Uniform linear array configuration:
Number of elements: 48
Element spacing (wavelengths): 0.75
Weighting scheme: kaiser
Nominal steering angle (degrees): -45
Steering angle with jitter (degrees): -46.661
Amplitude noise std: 0.05
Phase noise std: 0.05

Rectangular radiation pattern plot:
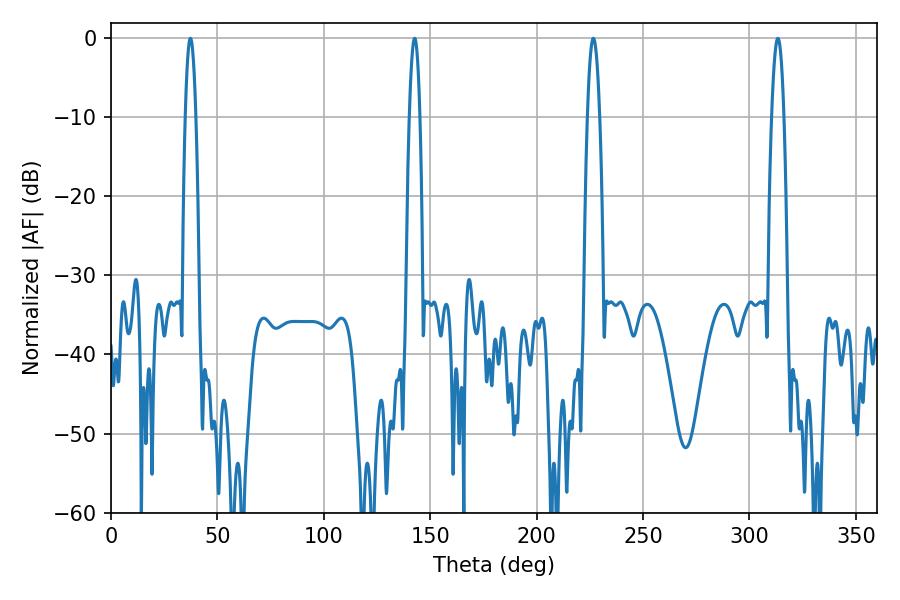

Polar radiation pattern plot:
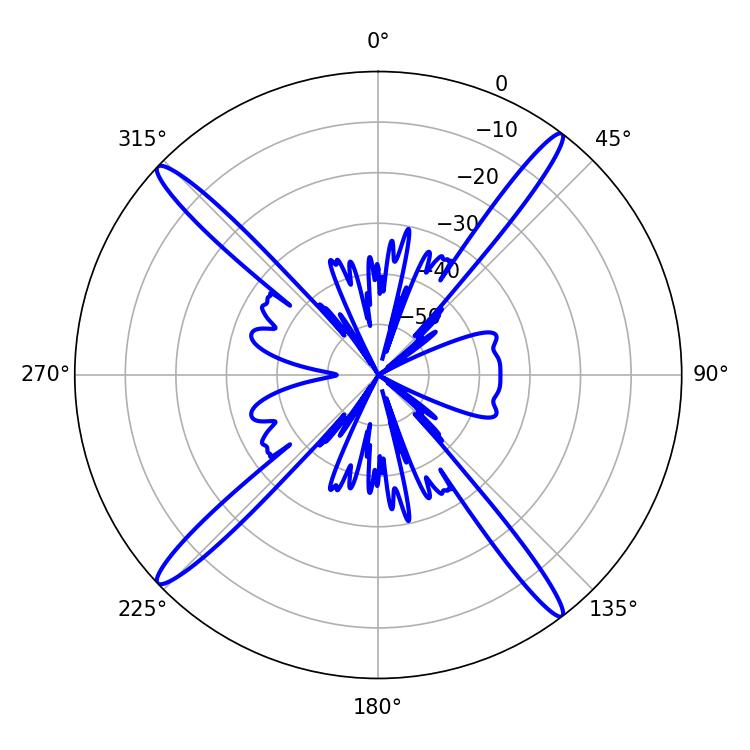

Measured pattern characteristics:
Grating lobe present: TRUE
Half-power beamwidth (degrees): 3.06
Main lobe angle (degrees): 226.62